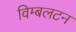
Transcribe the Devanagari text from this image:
विम्‍बलटन